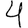
Digit: 4